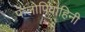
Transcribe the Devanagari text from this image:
फॅलोपिवाहिनी